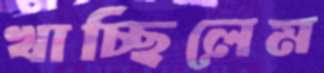
খাচ্ছিলেম